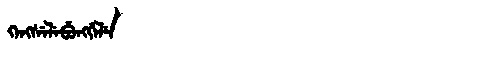
Manchu: ᡴᡝᠩᠰᡝᠯᡝᠪᡠᠩᡤᡝᠯᡝ
Romanization: KENGSELEBUNGGELE